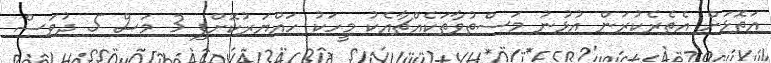
އަތޮޅަށް އެތެރެކުރަން އުޅުނު މަސްތުވާތަކެއްޗާއެކު މީހަކު ހައްޔަރުކޮށްފި 3 މަސް 5 ދުވަސް